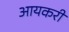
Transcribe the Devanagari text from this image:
आयकरी